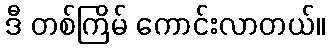
ဒီ တစ်ကြိမ် ကောင်းလာတယ်။